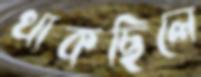
থাকছিলে